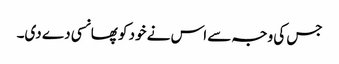
جس کی وجہ سے اس نے خود کو پھانسی دے دی۔